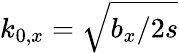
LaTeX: k_{0,x}=\sqrt{b_{x}/2s}